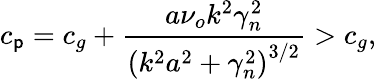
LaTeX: c_{\mathsf{p}}=c_{g}+\frac{{a\nu_{o}k^{2}\gamma_{n}^{2}}}{{\left(k^{2}a^{2}+\gamma_{n}^{2}\right)^{3/2}}}>c_{g},